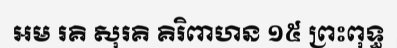
អម រគិ សុរគិ គិរិពាហន ១៥ ព្រះពុទ្ធ